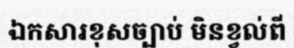
ឯកសារខុសច្បាប់ មិនខ្វល់ពី